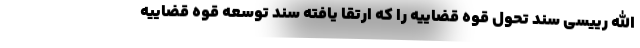
الله رییسی سند تحول قوه قضاییه را که ارتقا یافته سند توسعه قوه قضاییه